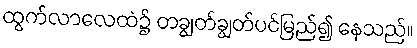
ထွက်လာလေထဲ၌ တချွတ်ချွတ်ပင်မြည်၍ နေသည်။